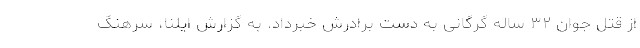
از قتل جوان ۳۲ ساله گرگانی به دست برادرش خبرداد. به گزارش ایلنا، سرهنگ